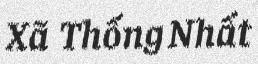
Xã Thống Nhất